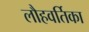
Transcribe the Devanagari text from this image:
लौहवर्तिका